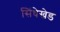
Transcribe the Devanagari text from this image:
सिंधेखेड